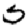
Digit: 5